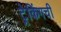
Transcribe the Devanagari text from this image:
ट्रेकिंगची